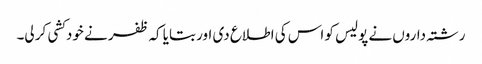
رشتہ داروں نے پولیس کو اس کی اطلاع دی اور بتایا کہ ظفر نے خودکشی کر لی۔